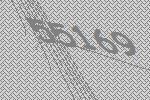
55169